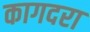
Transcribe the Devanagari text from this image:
कागदरा